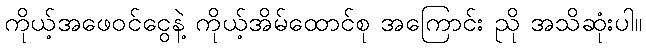
ကိုယ့်အဖေဝင်ငွေနဲ့ ကိုယ့်အိမ်ထောင်စု အကြောင်း ညို အသိဆုံးပါ။